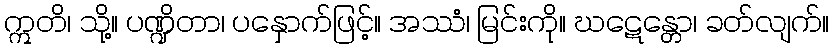
ဣတိ၊ သို့။ ပဏ္ဍိတာ၊ ပနှောက်ဖြင့်။ အဿံ၊ မြင်းကို။ ဃဋေန္တော၊ ခတ်လျက်။